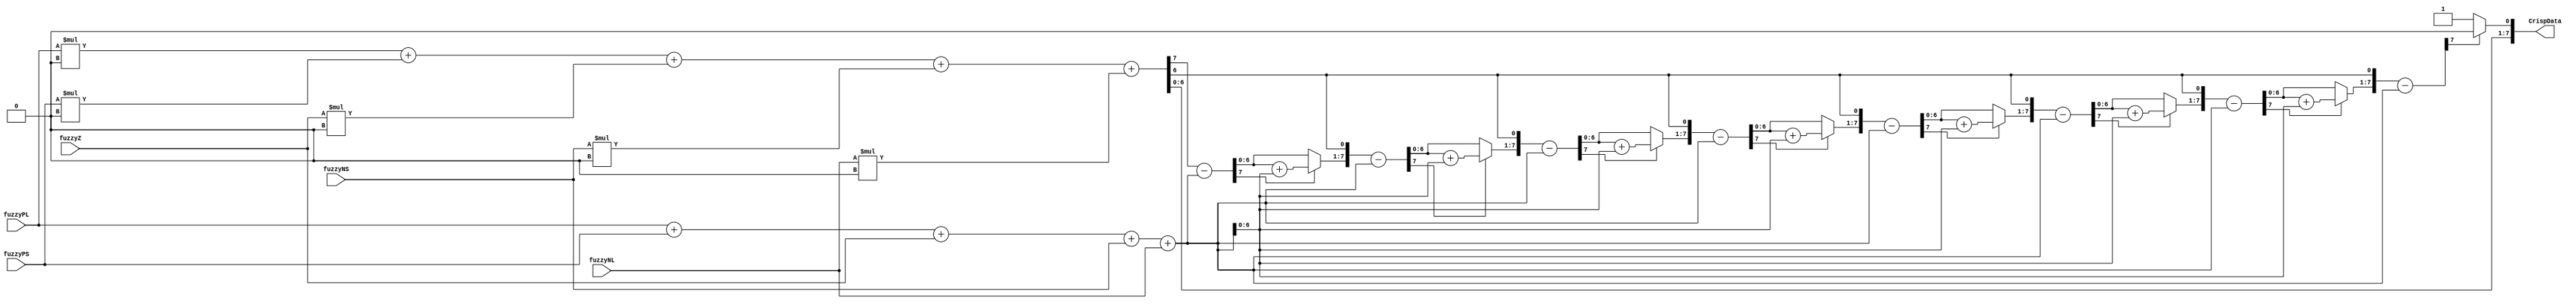
module Defuzzification
(
input [7:0] fuzzyPL,
input [7:0] fuzzyPS,
input [7:0] fuzzyZ,
input [7:0] fuzzyNS,
input [7:0] fuzzyNL,

output [7:0] CrispData
);

wire [7:0]sum,product;

function [7:0] Divide;

input [7:0]a,b; 

reg [7:0] a1,b1,product;
integer i;

begin	
	a1=a;
	b1=b;
	product=0;
	for(i=0;i<8;i=i+1)
	begin
		product={product[6:0],a1[7]};
		a1[7:1]=a[6:0];
		product=product-b1;
		if(product[7]==1)
		begin
			a1[0]=0;
			product=product+b1;
		end
		else
		begin
			a1[0]=1;
		end
	end
	Divide=a1;
end
endfunction



assign product=(fuzzyPL*8'b0)+(fuzzyPS*8'b0)+(fuzzyZ*8'b0)+(fuzzyNS*8'b0)+(fuzzyNL*8'b0);
assign sum=fuzzyPL+fuzzyPS+fuzzyZ+fuzzyNS+fuzzyNL;
assign CrispData=Divide(product,sum);

endmodule